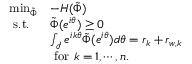
\begin{array} { l l } { \operatorname* { m i n } _ { \tilde { \Phi } } } & { - H ( \tilde { \Phi } ) } \\ { \mathrm { ~ s . t . ~ } } & { \tilde { \Phi } ( e ^ { i \theta } ) \geq 0 } \\ & { \int _ { \mathcal { I } } e ^ { i k \theta } \tilde { \Phi } ( e ^ { i \theta } ) d \theta = r _ { k } + r _ { w , k } } \\ & { \mathrm { ~ f o r ~ } k = 1 , \cdots , n . } \end{array}